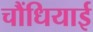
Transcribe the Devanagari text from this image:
चौंधियाई